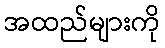
အထည်များကို